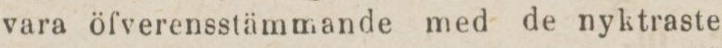
vara öfverensstämmande med de nyktraste